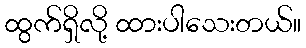
ထွက်ရှိလို့ ထားပါသေးတယ်။